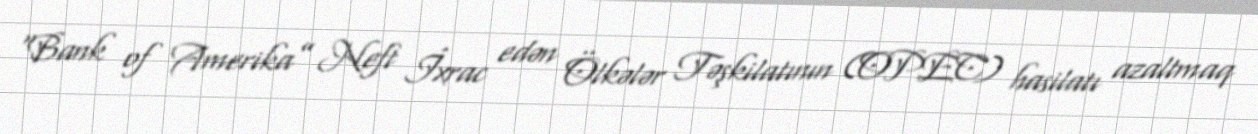
“Bank of Amerika” Neft İxrac edən Ölkələr Təşkilatının (OPEC) hasilatı azaltmaq